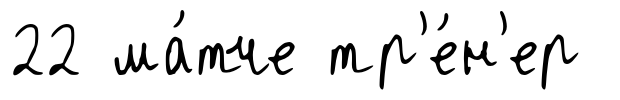
22 ма́тче тр'е́н'ер